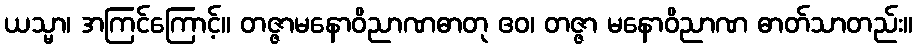
ယသ္မာ၊ အကြင်ကြောင့်။ တဇ္ဇာမနောဝိညာဏဓာတု ဧဝ၊ တဇ္ဇာ မနောဝိညာဏ ဓာတ်သာတည်း။